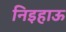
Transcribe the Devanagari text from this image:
निइहाऊ